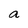
Character: a